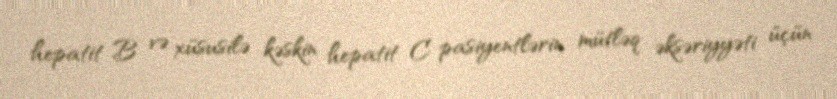
hepatit B və xüsusilə kəskin hepatit C pasiyentlərin mütləq əksəriyyəti üçün